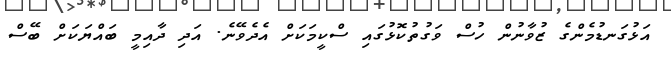
އަޅުގަނޑުމެންގެ ޒުވާނުން ހުސް ވަގުތުކޮޅުގައި ސްކީމަކަށް އެދެވޭނެ. އަދި ދާއިމީ ބައްޔަކަށް ބޭސް